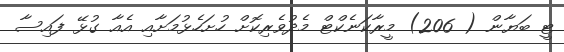
ޓީ ބަޔާން ( 206) މީރާކަނެކްޓް މެދުވެރިކޮށް ހުށަހެޅުމަށާއި އެއާ ގުޅޭ ފައިސާ